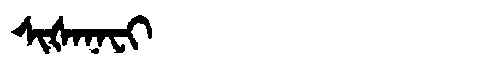
Manchu: ᠰᡳᡧᠠᠨᠠᠸᡳ
Romanization: SIŠANAFI